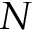
N